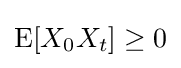
\operatorname {E} [X_{0}X_{t}]\geq 0